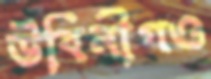
উবিনীগও